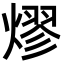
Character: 熮